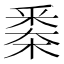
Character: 𣗷